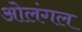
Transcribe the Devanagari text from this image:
ओलंगल